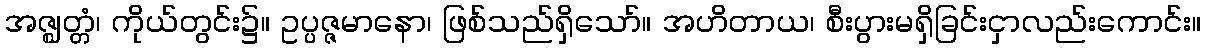
အဇ္ဈတ္တံ၊ ကိုယ်တွင်း၌။ ဥပ္ပဇ္ဇမာနော၊ ဖြစ်သည်ရှိသော်။ အဟိတာယ၊ စီးပွားမရှိခြင်းငှာလည်းကောင်း။